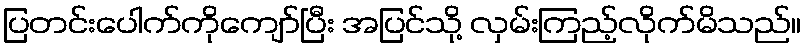
ပြတင်းပေါက်ကိုကျော်ပြီး အပြင်သို့ လှမ်းကြည့်လိုက်မိသည်။